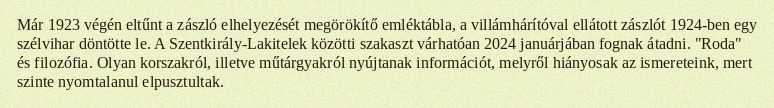
Már 1923 végén eltűnt a zászló elhelyezését megörökítő emléktábla, a villámhárítóval ellátott zászlót 1924-ben egy szélvihar döntötte le. A Szentkirály-Lakitelek közötti szakaszt várhatóan 2024 januárjában fognak átadni. "Roda" és filozófia. Olyan korszakról, illetve műtárgyakról nyújtanak információt, melyről hiányosak az ismereteink, mert szinte nyomtalanul elpusztultak.